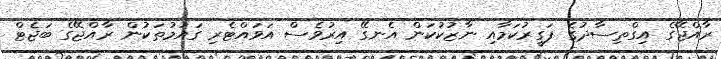
ރާއްޖޭގެ އިގްތިސާދުގެ ފަގީރުކަމާއި ނާޒުކުކަން އެނގޭ އިރުވެސް އަވައްޓެރި ގައުމުތަކުން ރާއްޖޭގެ ބަޖެޓް